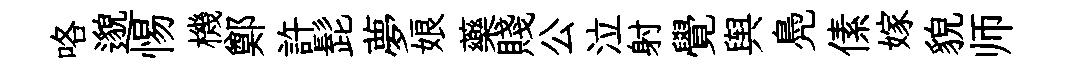
咯邈惕機鄭許髭夢娘藥賤公泣射覺舆鳧傃嫁貌师